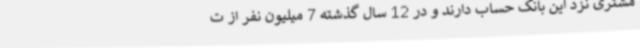
مشتری نزد این بانک حساب دارند و در 12 سال گذشته 7 میلیون نفر از ت